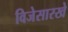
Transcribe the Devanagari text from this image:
विजेसारखे